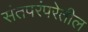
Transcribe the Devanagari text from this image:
संतपरंपरेतील